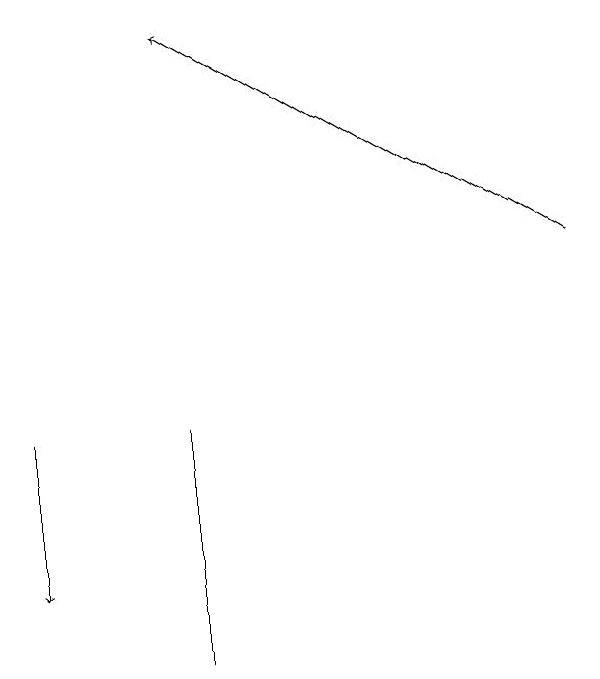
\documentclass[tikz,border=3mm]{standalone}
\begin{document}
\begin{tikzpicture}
\draw[->] (2,13) -- (2,11);
\draw (4,10) rectangle (4,13);
\draw[->] (9,15) -- (4,18);
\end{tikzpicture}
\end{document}